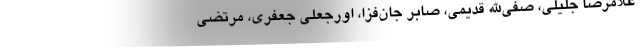
غلامرضا جليلي، صفي‌الله قديمي، صابر جان‌فزا، اورجعلي جعفري، مرتضي